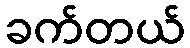
ခက်တယ်